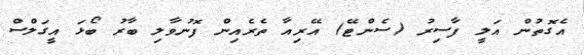
އެގޮތުން އަލީ ފާސިރު (ސެންޓޭ) އޭރިއާ ތެރެއިން ފޮނުވާލި ބާރު ބޯޅަ އީގަލްސް